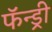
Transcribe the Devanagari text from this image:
फॅन्ड्री